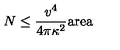
N \leq { \frac { v ^ { 4 } } { 4 \pi \kappa ^ { 2 } } } \mathrm { a r e a }